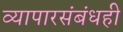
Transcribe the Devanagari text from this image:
व्यापारसंबंधही